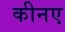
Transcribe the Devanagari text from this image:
कीनए